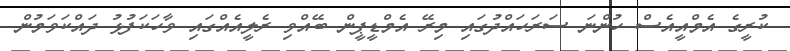
ކުރީގެ އެމްއީއެސް ހުންނަ ސަރަހައްދުގައި މިރޭ އެމްޑީޕީން ބޭއްވި ރެލީއެއްގައި ވާހަކަފުޅު ދައްކަވަމުން